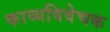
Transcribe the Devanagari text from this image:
काव्यविवेचक